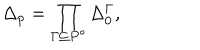
\Delta _ { p } = \prod _ { \Gamma \subseteq P ^ { \circ } } \Delta _ { 0 } ^ { \Gamma } ,